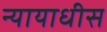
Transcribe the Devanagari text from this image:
न्यायाधीस